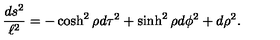
{ \frac { d s ^ { 2 } } { \ell ^ { 2 } } } = - \cosh ^ { 2 } \rho d \tau ^ { 2 } + \sinh ^ { 2 } \rho d \phi ^ { 2 } + d \rho ^ { 2 } .